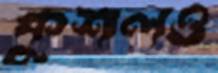
কুশলও